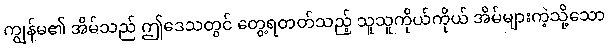
ကျွန်မ၏ အိမ်သည် ဤဒေသတွင် တွေ့ရတတ်သည့် သူသူကိုယ်ကိုယ် အိမ်များကဲ့သို့သော